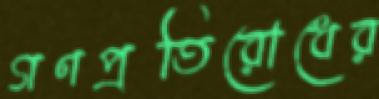
গণপ্রতিরোধের